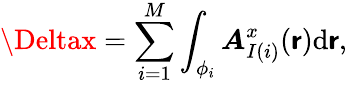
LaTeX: \Deltax=\sum_{i=1}^{M}\int_{\phi_{i}}{\boldsymbol{A}_{I(i)}^{x}(\boldsymbol{\mathsf{r}})\mathrm{{d}}\boldsymbol{\mathsf{r}}},